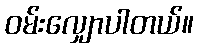
ဝမ်းလျှောပါတယ်။